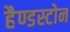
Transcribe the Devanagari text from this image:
हैण्डस्टोन